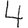
Digit: 4